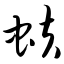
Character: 蚨